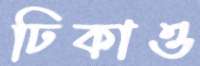
ঢিকাও